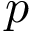
p